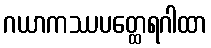
ဂယာကဿပတ္ထေရဂါထာ